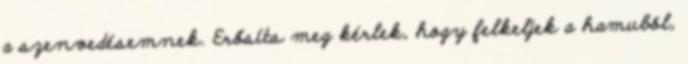
a szenvedésemnek. Erősíts meg kérlek, hogy felkeljek a hamuból,